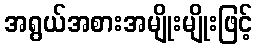
အရွယ်အစားအမျိုးမျိုးဖြင့်